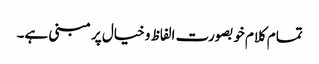
تمام کلام خوبصورت الفاظ و خیال پر مبنی ہے۔